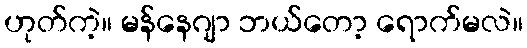
ဟုတ်ကဲ့။ မန်နေဂျာ ဘယ်တော့ ရောက်မလဲ။